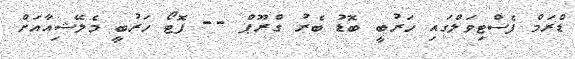
ޑްރަމް ފެސްޓިވަލްގައި ހަރުބީ ބޮޑު ބެރު ގްރޫޕް -- ފޮޓޯ ހަރުބީ މެލޭޝިއާއަށް